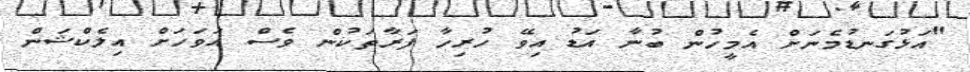
"އަޅުގަނޑުމެނަށް އެމީހުން ބުނާ އަޑު އިވޭ ހުރިހާ ފަރާތަކުން ވެސް އަވަހަށް އިލެކްޝަން